Vaccine operations Central Provinces 1886-1899 - 1886-1899
Year: 1886
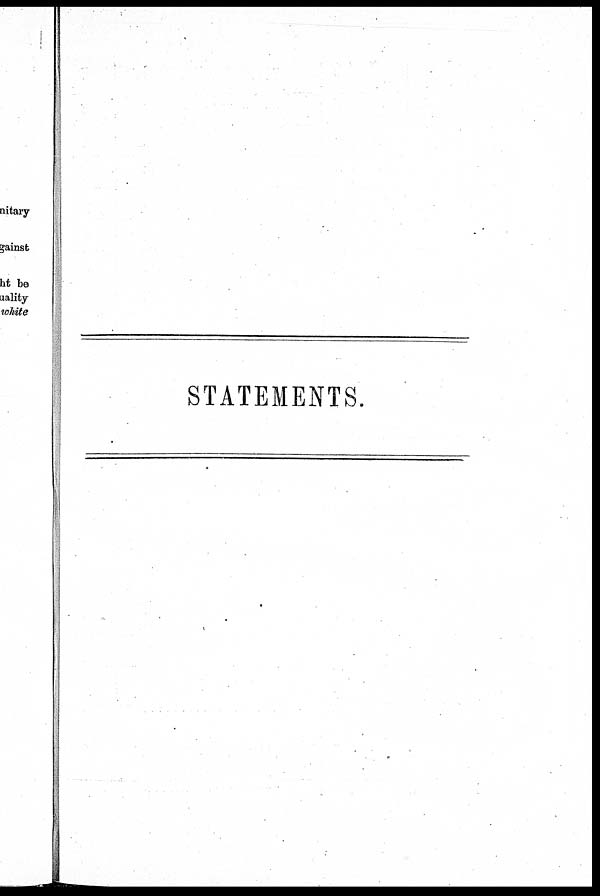
STATEMENTS.